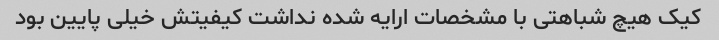
کیک هیچ شباهتی با مشخصات ارایه شده نداشت کیفیتش خیلی پایین بود